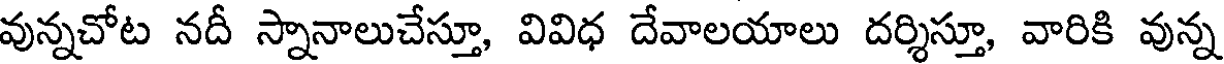
వున్నచోట నదీ స్నానాలుచేస్తూ, వివిధ దేవాలయాలు దర్శిస్తూ, వారికి వున్న